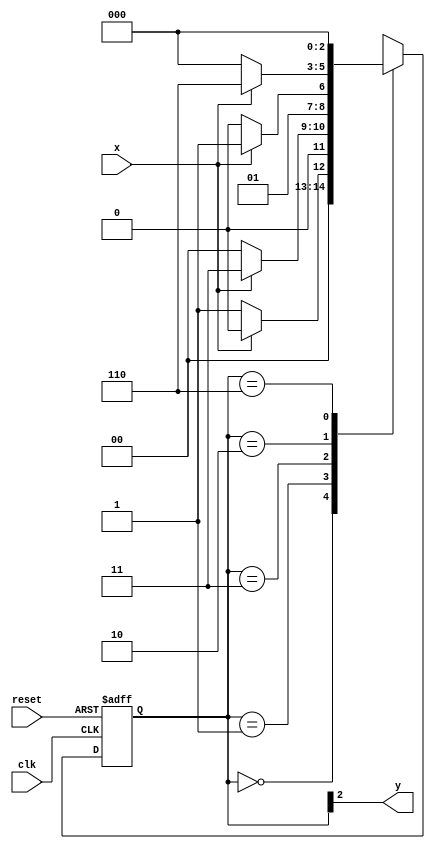
//Guia 11
//Nome: Bruno Calil Nicoliello Moreira
//21/10/2010
//----------------------

// --------------
// --- Exercicio 02
// --------------

// constant definitions
`define found    1
`define notfound 0

// Modulo Moore 0101
module  exe02 ( y, x, clk, reset );
 output y;
 input  x;
 input  clk;
 input  reset;

 reg    y;

 parameter        // state identifiers
   start  = 3'b000,
   id0    = 3'b001,
   id01   = 3'b011,
   id010  = 3'b010,
   id0101 = 3'b110;  //  signal found

   reg [2:0] E1;	// current state variables
   reg [2:0] E2;	// next state logic output

// next state logic
   always @( x or E1 )
    begin
     case( E1 )
      start:
        if ( x )
         E2 = start;
        else
         E2 = id0;
      id0:
        if ( x )
         E2 = id01;
        else
         E2 = start;	
      id01:
        if ( x )
         E2 = id01;  
        else
         E2 = id010;
      id010:
        if ( x )
         E2 = id0101;
        else
         E2 = start;
      id0101:
        if ( x )
         E2 = start;
        else
         E2 = start;
     default:   // undefined state  
         E2 = 3'bxxx;
     endcase
    end // always at signal or state changing

// state variables
   always @( posedge clk or negedge reset )
    begin
     if ( reset )
      E1 = E2;    // updates current state
     else
      E1 = 0;     // reset
    end // always at signal changing

// output logic
   always @( E1 )
    begin
     y = E1[2];   // first bit of state value
    end // always at state changing

endmodule //exe02


// --------------------
// --- TESTE
// --------------------
//
module teste;
 reg   clk, reset, x;
 wire  e02;

 exe02 exe2 ( e02, x, clk, reset );

 initial
  begin
   $display ( "Bruno Calil Nicoliello Moreira - 405790" );
   $display ( "Time     X   Exe02" );

// initial values
       clk   = 1;
       reset = 0;
       x     = 0;

// input signal changing
  #5   reset = 1;
  #10  x = 1;
  #10  x = 0;
  #10  x = 0;
  #10  x = 1;
  #10  x = 0;
  #10  x = 1;
  #10  x = 0;
  #10  x = 1;

  #30 $finish;
 end // initial

 always
  #5 clk = ~clk;

 always @( posedge clk )
  begin
   $display ( "%4d  %4b  %4b", $time, x, e02 );
  end 

endmodule